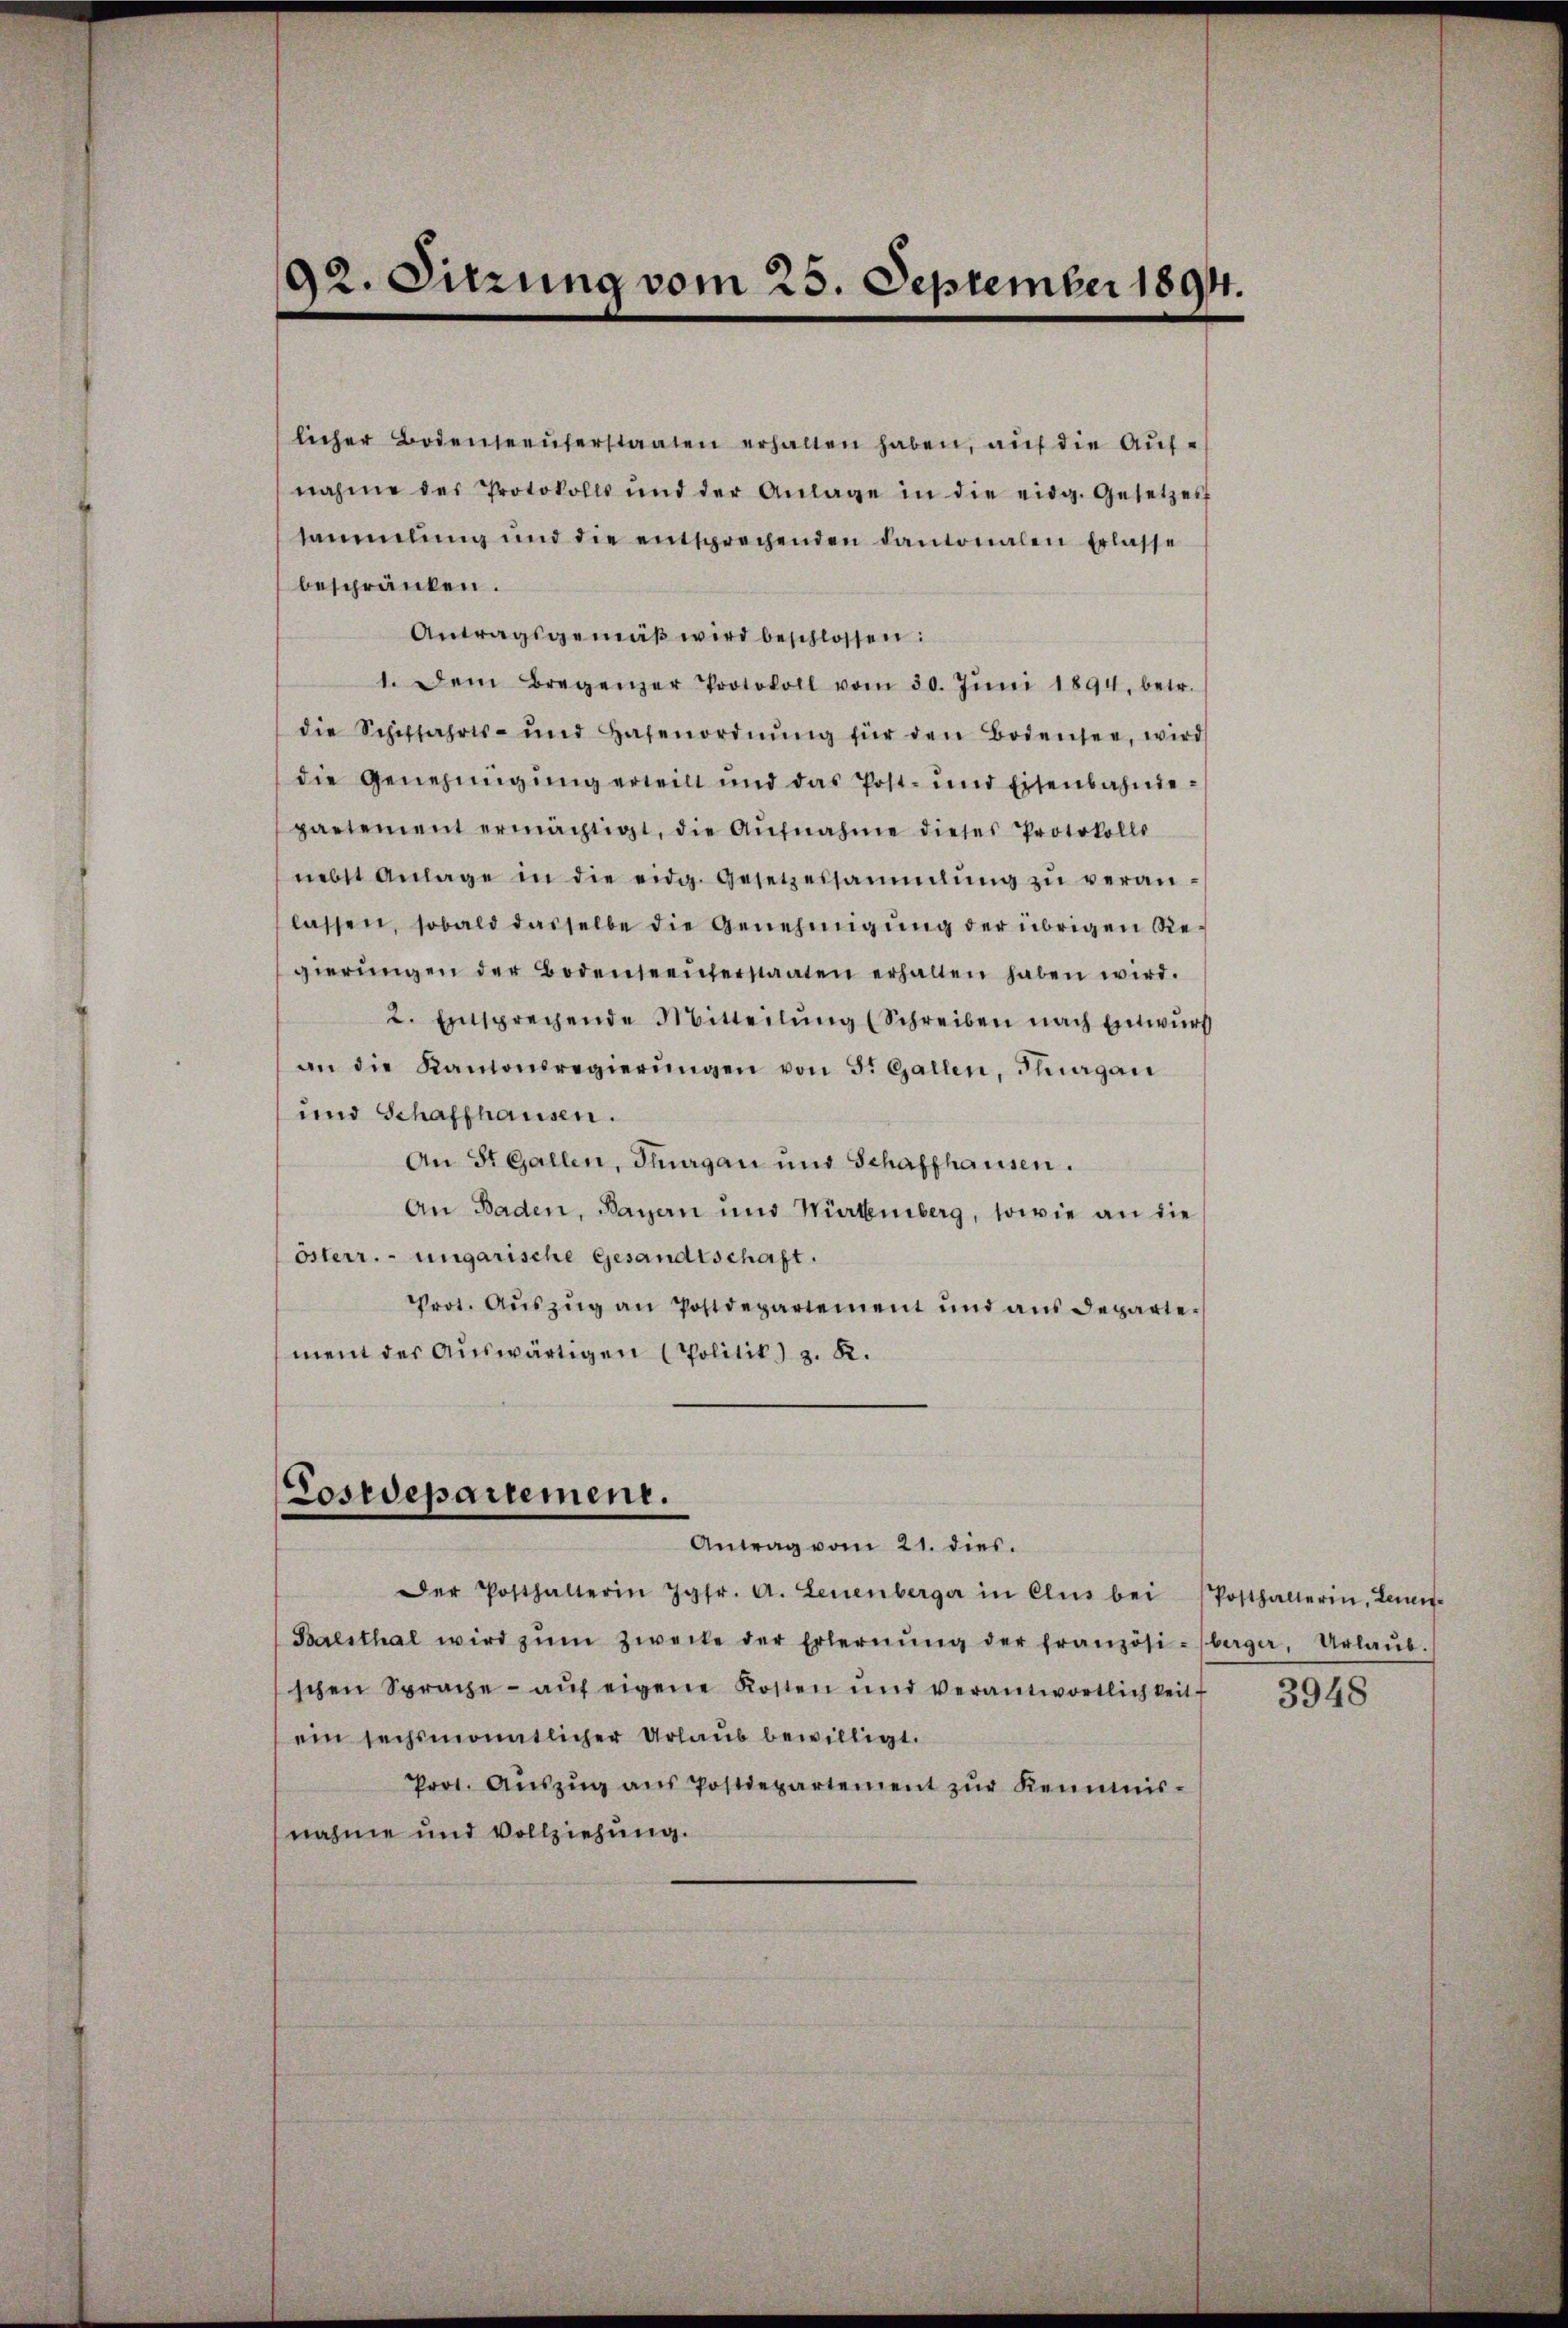
92. Sitzung vom 25. September 1894.

licher Bodenseeŭferstaaten erhalten haben, auf die Aufnahme des Protokolls und der Anlage in die eidg. Gesetzes
sammlung und die entsprechenden kantonalen Erlasse
beschränken.
Antragsgemäß wird beschlossen:
1. Dem Bregenzer Protokoll vom 30. Jŭni 1894. betr.
die Schiffahrts- und Hafenordnŭng für den Bodensee, wird
die Genehmigŭng erteilt und das Post- und Eisenbahndepartement ermächtigt, die Aŭfnahme dieses Protokolls
nebst Anlage in die eidg. Gesetzessammlung zŭ veran-
lassen, sobald dasselbe die Genehmigung der übrigen Regierŭngen der Bodenseeŭferstaaten erhalten haben wird.
2. Entsprechende Mitteilŭng (Schreiben nach Einwurf
an die Kantonsregierŭngen von 5. Gallen, Flurgau
und Schaffhausen.
An St. Gallen, Thurgau und Schaffhausen.
An Baden, Bayern und Würtemberg, sowie an die
österr. ungarische Gesandtschaft.
Prot. Aŭszŭg an Postdepartement und aŭs departement der Auswärtigen (Politik) z. B.

Cosrepartement.
Antrag vom 21. dies.

Der Posthalterin Jgfr. A. Leuenberger in Clus bei Posthalterin, Leuen-
Balsthal wird zŭm Zwecke der Erlernŭng der französi-berger, Urlaŭb.
schen Sprache - aŭf eigene Kosten und verantwortlichkeit
ein sechsmonatlicher Urlaub bewilligt.
Prot. Aŭszŭg aŭs Postdepartement zŭr Keimis-
nahme und Vollziehung.

3948